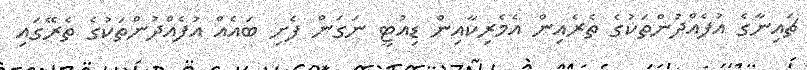
ޗައިނާގެ އުފެއްދުންތަކުގެ ތެރެއިން އެމެރިކާއިން ޑިއުޓީ ނަގަން ފެށި ބައެއް އުފެއްދުންތަކުގެ ތެރޭގައި